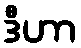
ဒီဟာ